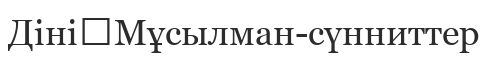
Діні	Мұсылман-сүнниттер